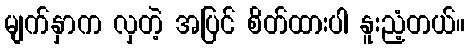
မျက်နှာက လှတဲ့ အပြင် စိတ်ထားပါ နူးညံ့တယ်။